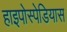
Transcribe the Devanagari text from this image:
हाइपोस्पेडियास